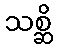
သစ္ဆိ